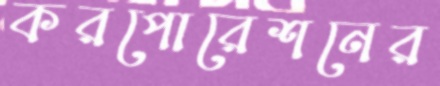
করপোরেশনের